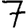
Digit: 7